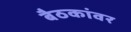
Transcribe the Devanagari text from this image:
बैठकांवर